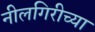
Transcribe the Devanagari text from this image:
नीलगिरीच्या